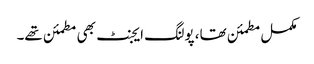
مکمل مطمئن تھا، پولنگ ایجنٹ بھی مطمئن تھے۔